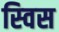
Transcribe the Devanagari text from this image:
स्‍विस